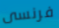
فرنسى